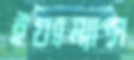
ইয়ংম্যান্স